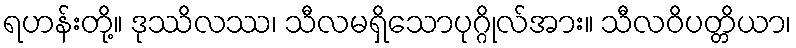
ရဟန်းတို့။ ဒုဿိလဿ၊ သီလမရှိသောပုဂ္ဂိုလ်အား။ သီလဝိပတ္တိယာ၊